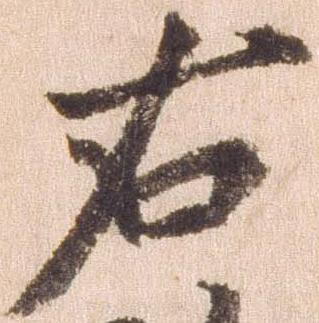
右